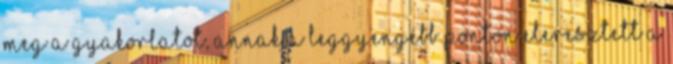
meg a gyakorlatot, annak a leggyengébb ponton eleresztett a